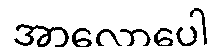
အာလောပေါ